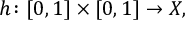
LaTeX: h \colon [ 0 , 1 ] \times [ 0 , 1 ] \to X ,